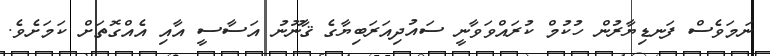
ނަމަވެސް ފަނޑިޔާރުން ހުކުމް ކުރައްވަވާނީ ސައުދިއަރަބިޔާގެ ޤާނޫނު އަސާސީ އާއި އެއްގޮތަށް ކަމަށެވެ.